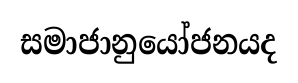
සමාජානුයෝජනයද